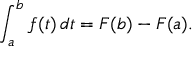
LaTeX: \int _ { a } ^ { b } f ( t ) \, d t = F ( b ) - F ( a ) .